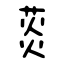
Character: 菼